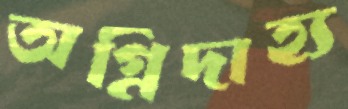
অগ্নিদাহ্য